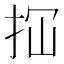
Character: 𢫏